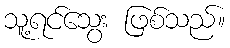
သူ့ရင်သွေး ဖြစ်သည်။